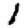
Digit: 1